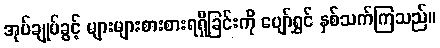
အုပ်ချုပ်ခွင့် များများစားစားရရှိခြင်းကို ပျော်ရွှင် နှစ်သက်ကြသည်။